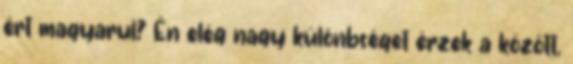
ért magyarul? Én elég nagy különbséget érzek a között,